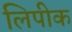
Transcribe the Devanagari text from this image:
लिपीक